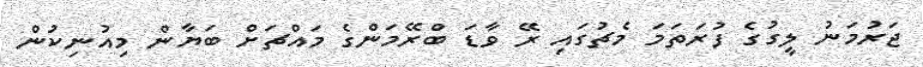
ޖަރުމަނު ލީގުގެ ފުރަތަމަ މެޗުގައި ރޭ ވާޑަ ބްރޭމަންގެ މައްޗަށް ބަޔާން މިއުނިކުން